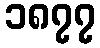
၁၈၇၇